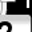
Digit: 7